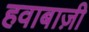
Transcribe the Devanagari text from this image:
हवाबाज़ी